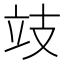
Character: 攱